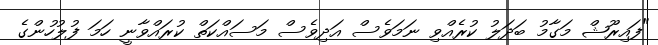
"ފައިރޫޝް މަގާމު ބަދަލު ކުރެއްވި ނަމަވެސް އަދިވެސް މަސައްކަތް ކުރައްވާނީ ހަމަ ފުލުހުންގެ